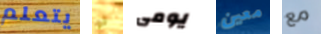
يتعلم لو يومى معين مع